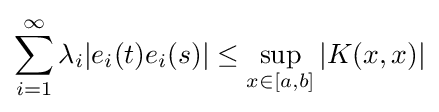
\sum _{i=1}^{\infty }\lambda _{i}|e_{i}(t)e_{i}(s)|\leq \sup _{x\in [a,b]}|K(x,x)|